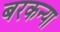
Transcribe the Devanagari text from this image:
बरकन्या